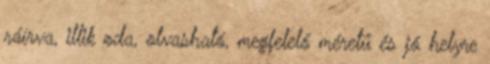
ráírva, illik oda, olvasható, megfelelő méretű és jó helyre